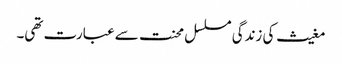
مغیث کی زندگی مسلسل محنت سے عبارت تھی۔